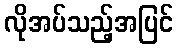
လိုအပ်သည့်အပြင်